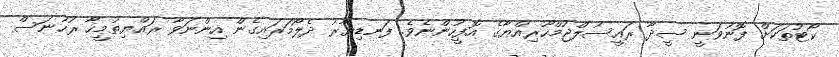
ކޯޓުތަކަށް ފޮނުވަނީ ސީދާ ރައީސުލްޖުމްހޫރިއްޔާގެ އޮފީހުންނެވެ. ފަނޑިޔާރު ދެލޯމަރައިގެން އިންނަވާ ރައްޔިތުމީހާ ރުހުނަސް